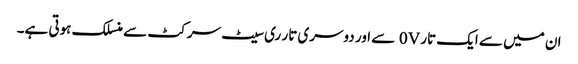
ان میں سے ایک تار 0V سے اور دوسری تار ری سیٹ سرکٹ سے منسلک ہوتی ہے۔